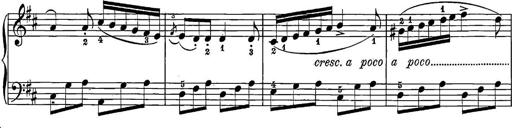
Title: 12 Sonatine per Pianoforte
Composer: Friedrich Kuhlau